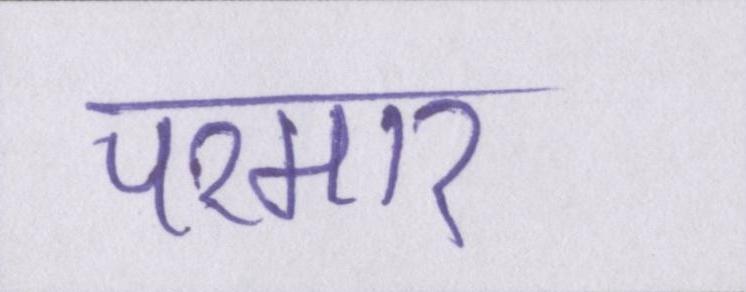
परमार